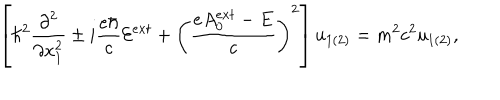
\left[ { \hbar } ^ { 2 } \frac { { \partial } ^ { 2 } } { { \partial } x _ { 1 } ^ { 2 } } \pm i \frac { e { \hbar } } { c } { \cal E } ^ { e x t } + \left( \frac { e A _ { 0 } ^ { e x t } - E } { c } \right) ^ { 2 } \right] u _ { 1 ( 2 ) } = m ^ { 2 } c ^ { 2 } u _ { 1 ( 2 ) } ,